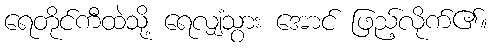
ရေတိုင်ကီထဲသို့ ရေလျှံသွား အောင် ဖြည့်လိုက်၏။